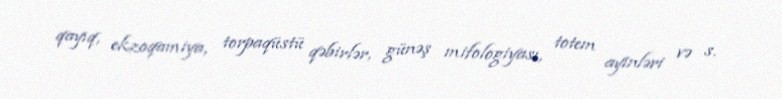
qayıq, ekzoqamiya, torpaqüstü qəbirlər, günəş mifologiyası, totem ayinləri və s.